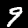
Digit: 9